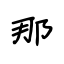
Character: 那